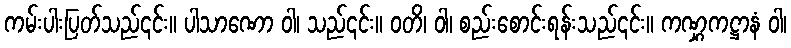
ကမ်းပါးပြတ်သည်၎င်း။ ပါသာဏော ဝါ၊ သည်၎င်း။ ဝတိ၊ ဝါ၊ စည်းစောင်းရန်းသည်၎င်း။ ကဏ္ဋကဋ္ဌာနံ ဝါ၊